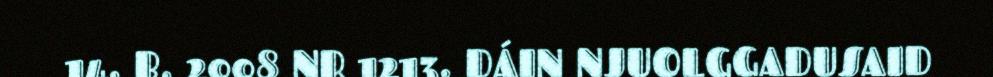
14. B. 2008 NR 1213. DÁIN NJUOLGGADUSAID